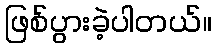
ဖြစ်ပွားခဲ့ပါတယ်။